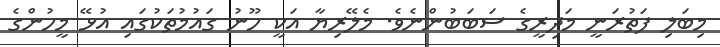
މިބަލި ފަތުރަނީ މަދިރީގެ ސަބަބުންނެވެ. މެލޭރިޔާ އަކީ ހޫނު ގައުމުތަކުގައި އުޅޭ މީހުންގެ